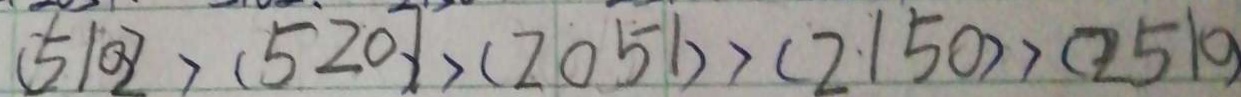
( 5 1 0 2 ) > ( 5 2 0 7 ) > ( 2 0 5 1 ) > ( 2 1 5 0 ) > ( 2 5 1 0 )